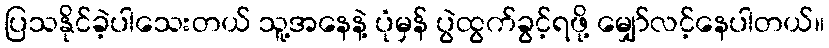
ပြသနိုင်ခဲ့ပါသေးတယ် သူ့အနေနဲ့ ပုံမှန် ပွဲထွက်ခွင့်ရဖို့ မျှော်လင့်နေပါတယ်။